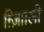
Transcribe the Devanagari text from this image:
ग़्ज़ाािली